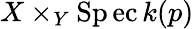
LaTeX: X\times_{Y}\operatorname{Sp\mathrm{e}c}k(p)